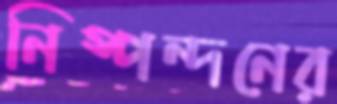
নিস্পন্দনের